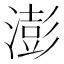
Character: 澎